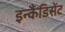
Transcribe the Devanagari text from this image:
इन्कैंडिसेंट